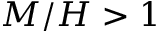
M / H > 1